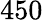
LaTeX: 450